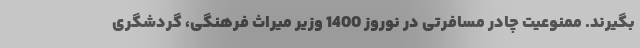
بگیرند. ممنوعیت چادر مسافرتی در نوروز 1400 وزیر میراث فرهنگی، گردشگری